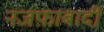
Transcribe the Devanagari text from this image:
नजफ़ाबादी